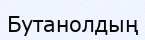
Бутанолдың